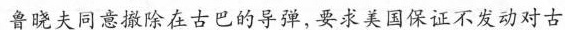
鲁晓夫同意撤除在古巴的导弹，要求美国保证不发动对古